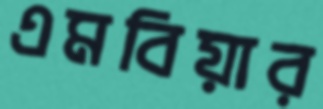
এমবিয়ার